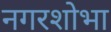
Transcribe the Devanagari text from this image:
नगरशोभा